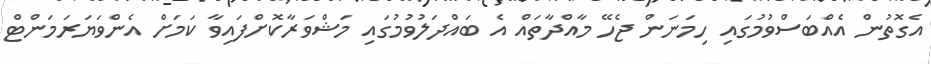
އެގޮތުން އެއްބަސްވުމުގައި ހިމަނަން ޖެހޭ މާއްދާތައް އެ ބައްދަލުވުމުގައި މަޝްވަރާކޮށްފައިވާ ކަމަށް އެންވަޔަރަމަންޓް